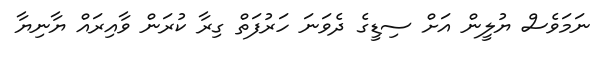
ނަމަވެސް ޔުލީން އަށް ސިޑީގެ ދެވަނަ ހަރުފަތް ގިރާ ކުރަން ވާއިރައް ޔާނިޔާ